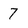
Character: 7